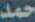
حمد